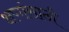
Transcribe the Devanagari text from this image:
क्षणांसाठी